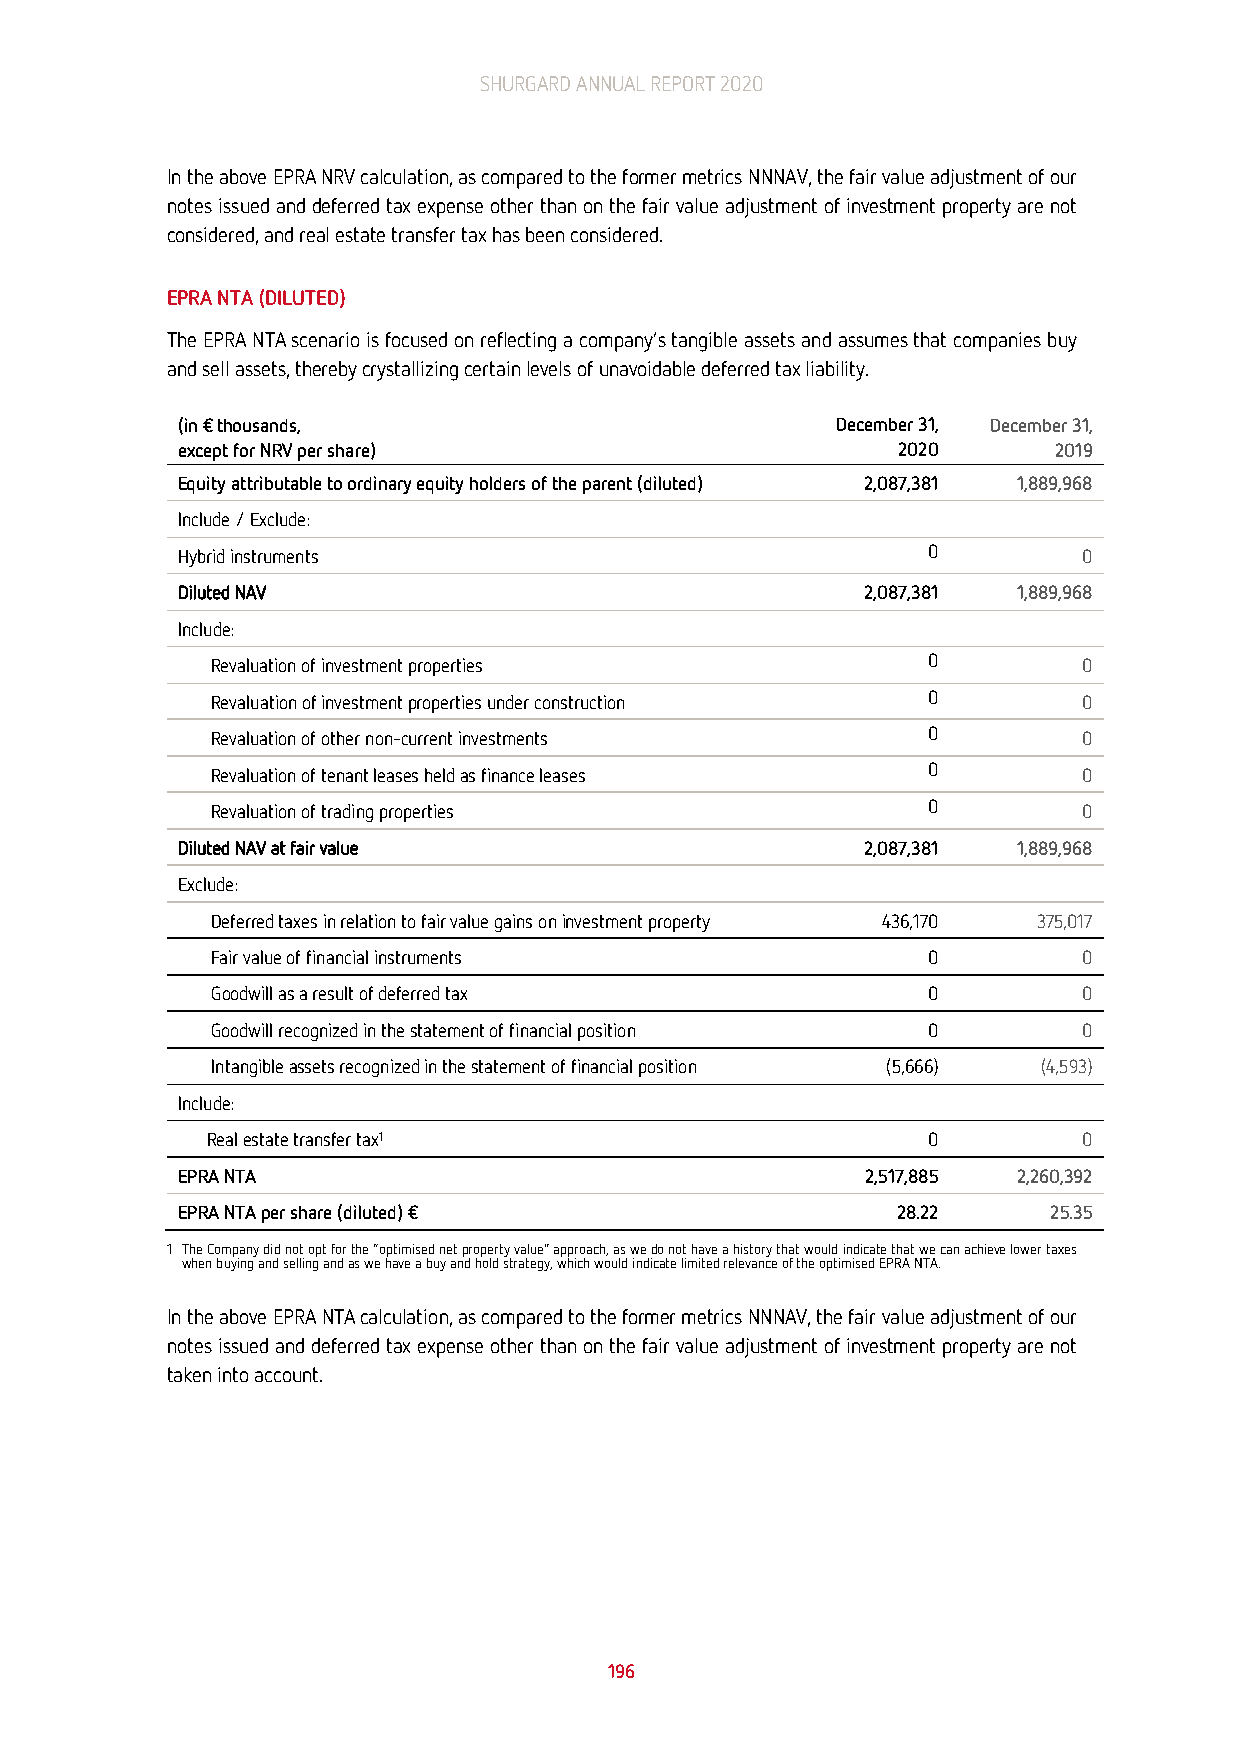
SHURGARD ANNUAL REPORT 2020
 In the above EPRA NRV calculation, as compared to the former metrics NNNAV, the fair value adjustment of our
 notes issued and deferred tax expense other than on the fair value adjustment of investment property are not
 considered, and real estate transfer tax has been considered.
 EPRA NTA (DILUTED)
 The EPRA NTA scenario is focused on reflecting a company’s tangible assets and assumes that companies buy
 and sell assets, thereby crystallizing certain levels of unavoidable deferred tax liability.
 (in € thousands,                           December 31, December 31,
 except for NRV per share)                      2020       2019
 Equity attributable to ordinary equity holders of the parent (diluted) 2,087,381 1,889,968
 Include / Exclude:
 Hybrid instruments                               0          0
 Diluted NAV                                  2,087,381 1,889,968
 Include:
 Revaluation of investment properties           0          0
 Revaluation of investment properties under construction 0 0
 Revaluation of other non-current investments   0          0
 Revaluation of tenant leases held as finance leases 0     0
 Revaluation of trading properties              0          0
 Diluted NAV at fair value                    2,087,381 1,889,968
 Exclude:
 Deferred taxes in relation to fair value gains on investment property 436,170 375,017
 Fair value of financial instruments            0          0
 Goodwill as a result of deferred tax           0          0
 Goodwill recognized in the statement of financial position 0 0
 Intangible assets recognized in the statement of financial position (5,666) (4,593)
 Include:
 Real estate transfer tax1                      0          0
 EPRA NTA                                     2,517,885 2,260,392
 EPRA NTA per share (diluted) €                 28.22     25.35
 1 The Company did not opt for the “optimised net property value” approach, as we do not have a history that would indicate that we can achieve lower taxes
 when buying and selling and as we have a buy and hold strategy, which would indicate limited relevance of the optimised EPRA NTA.
 In the above EPRA NTA calculation, as compared to the former metrics NNNAV, the fair value adjustment of our
 notes issued and deferred tax expense other than on the fair value adjustment of investment property are not
 taken into account.
 196